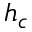
h _ { c }